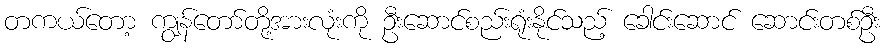
တကယ်တော့ ကျွန်တော်တို့အားလုံးကို ဦးဆောင်စည်းရုံးနိုင်သည့် ခေါင်းဆောင် ဆောင်းတစ်ဦး